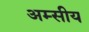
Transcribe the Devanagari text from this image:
अम्सीय